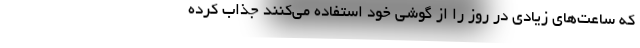
که ساعت‌های زیادی در روز را از گوشی خود استفاده می‌کنند جذاب کرده